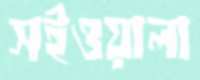
সইওয়ালা